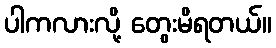
ပါကလားလို့ တွေးမိရတယ်။